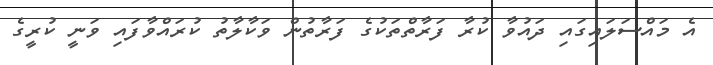
އެ މައްސަލައިގައި ދައުވާ ކުރާ ފަރާތްތަކުގެ ފަރާތުން ވަކާލާތު ކުރައްވާފައި ވަނީ ކުރީގެ